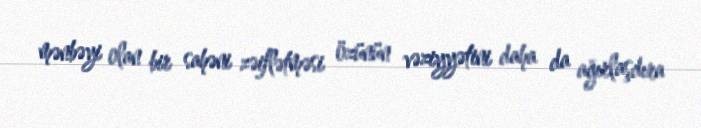
mənbəyi olan bir sahəni zəiflətməsi özünün vəziyyətini daha da ağırlaşdıra